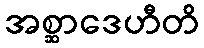
အစ္ဆာဒေဟီတိ